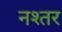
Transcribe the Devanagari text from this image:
नश्तर